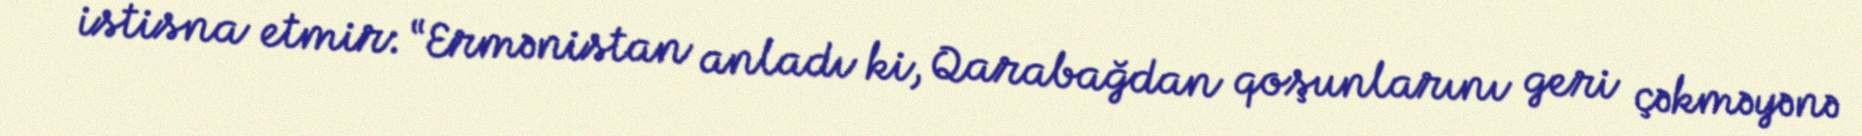
istisna etmir: “Ermənistan anladı ki, Qarabağdan qoşunlarını geri çəkməyənə